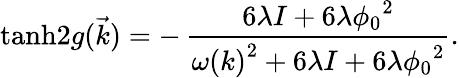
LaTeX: \operatorname{tanh}\! {2g(\vec{k})}=-\, {\frac{6\lambda I+6\lambda{\phi_{0}}^{2}}{{\omega(k)}^{2}+6\lambda I+6\lambda{\phi_{0}}^{2}}}.